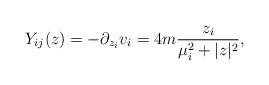
LaTeX: \begin{align*}Y_{ij}(z)= -\partial_{z_{i}} v_{i} = 4m\frac{z_{i}}{\mu_{i}^{2}+|z|^{2}},\end{align*}